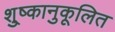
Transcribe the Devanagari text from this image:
शु्ष्कानुकूलित